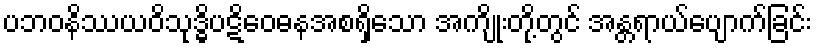
ပဘဝနိဿယဝိသုဒ္ဓိပဋိဝေဓနအစရှိသော အကျိုးတို့တွင် အန္တရာယ်ပျောက်ခြင်း